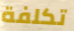
تكلفة